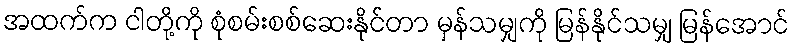
အထက်က ငါတို့ကို စုံစမ်းစစ်ဆေးနိုင်တာ မှန်သမျှကို မြန်နိုင်သမျှ မြန်အောင်